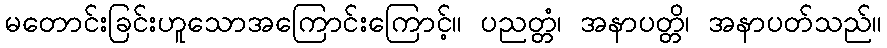
မတောင်းခြင်းဟူသောအကြောင်းကြောင့်။ ပညတ္တံ၊ အနာပတ္တိ၊ အနာပတ်သည်။